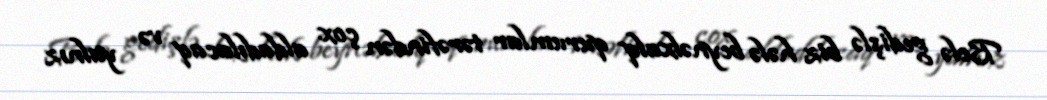
Belə gedişlə biz hələ beynəlxalq qurumlar tərəfindən çox aldadılacaq və yalnız